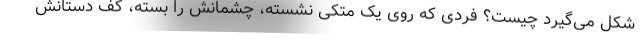
شکل می‌گیرد چیست؟ فردی که روی یک متکی نشسته، چشمانش را بسته، کف دستانش